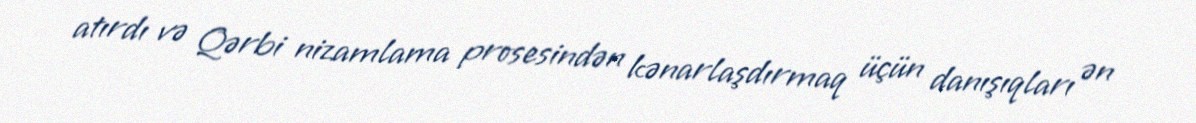
atırdı və Qərbi nizamlama prosesindən kənarlaşdırmaq üçün danışıqları ən